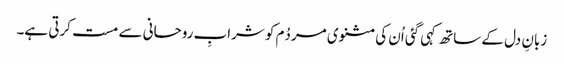
زبانِ دل کے ساتھ کہی گئی اُن کی مثنوی مردُم کو شرابِ روحانی سے مست کرتی ہے۔